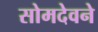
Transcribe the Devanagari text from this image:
सोमदेवने